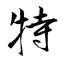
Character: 特